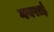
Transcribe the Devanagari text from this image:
गवराई